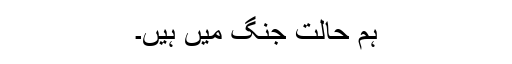
ہم حالت جنگ میں ہیں۔